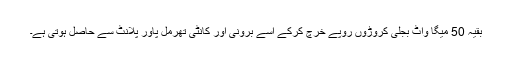
بقیہ 50 میگا واٹ بجلی کروڑوں روپے خرچ کرکے اسے برونی اور کانٹی تھرمل پاور پلانٹ سے حاصل ہوتی ہے۔